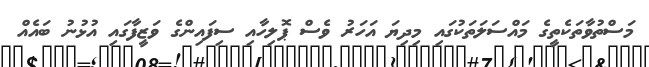
މަސްތުވާތަކެތީގެ މައްސަލަތަކުގައި މިދިޔަ އަހަރު ވެސް ޕޮލިހާއި ސިފައިންގެ ވަޒީފާގައި އުޅުނު ބައެއް